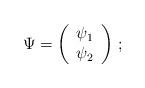
LaTeX: \begin{align*}\Psi = \left(\begin{array}{clcr} \psi_1 \\ \psi_2 \\\end{array}\right)\, ;\end{align*}